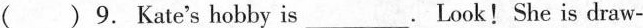
( )9.Kate's hobby is ___. Look!She is draw-